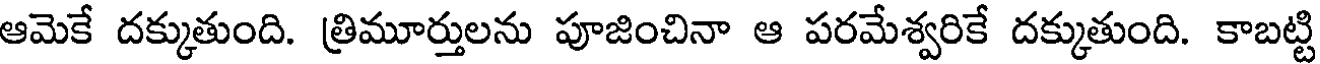
ఆమెకే దక్కుతుంది. త్రిమూర్తులను పూజించినా ఆ పరమేశ్వరికే దక్కుతుంది. కాబట్టి